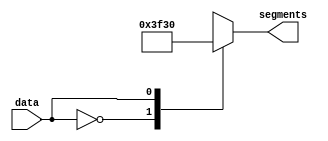
module bin_to_seg(
    input data,

    output reg [6:0]segments
);

always @(*) begin
    case (data)
        1'b0: segments = 7'b1111110;
        1'b1: segments = 7'b0110000;
    endcase
end

endmodule